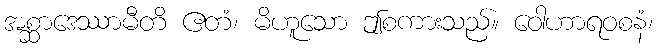
အစ္ဆာဒေဿာမီတိ ဧတံ၊ မိဟူသော ဤစကားသည်။ ဝေါဟာရဝစနံ၊